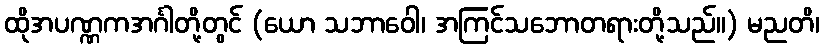
ထိုအပဏ္ဏကအင်္ဂါတို့တွင် (ယော သဘာဝေါ၊ အကြင်သဘောတရားတို့သည်။) မညတိ၊